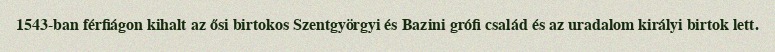
1543-ban férfiágon kihalt az ősi birtokos Szentgyörgyi és Bazini grófi család és az uradalom királyi birtok lett.